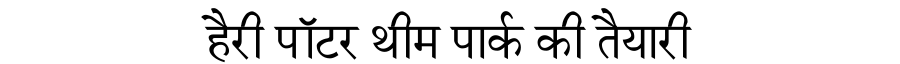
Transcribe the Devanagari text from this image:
हैरी पॉटर थीम पार्क की तैयारी